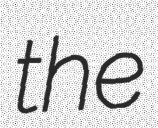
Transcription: the